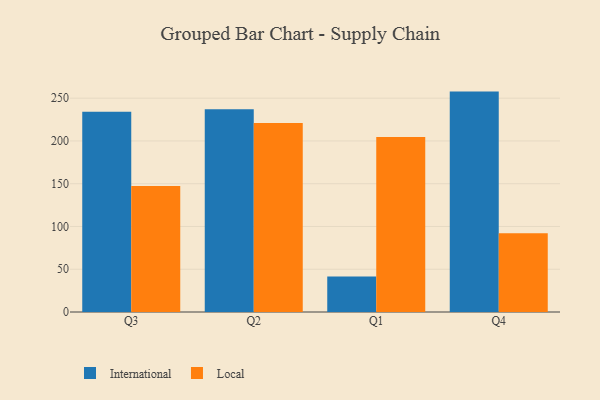
{"axis": {"x": "Quarter", "y": "Page Views"}, "legend": ["International", "Local"], "data": [{"x": "Q3", "y": 234.2, "type": "International"}, {"x": "Q3", "y": 147.2, "type": "Local"}, {"x": "Q2", "y": 237.0, "type": "International"}, {"x": "Q2", "y": 221.1, "type": "Local"}, {"x": "Q1", "y": 41.5, "type": "International"}, {"x": "Q1", "y": 204.6, "type": "Local"}, {"x": "Q4", "y": 257.7, "type": "International"}, {"x": "Q4", "y": 92.1, "type": "Local"}]}